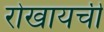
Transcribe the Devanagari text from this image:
रोखायची